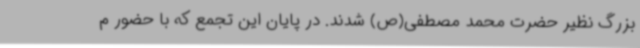
بزرگ نظیر حضرت محمد مصطفی(ص) شدند. در پایان این تجمع که با حضور م